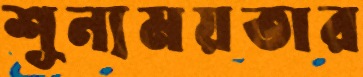
শূন্যময়তার